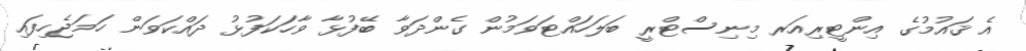
އެ ޤައުމުގެ އިންޓީރިއަރ މިނިސްޓްރީ ބަލަހައްޓަވަމުން ގެންދަވާ ބޭފުޅާ ވާހަކަފުޅު ދައްކަވަން ހަމަޖެހިފައި